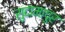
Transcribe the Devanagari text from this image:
सुदामापुर